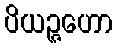
ပိယဉ္ဇဟော